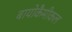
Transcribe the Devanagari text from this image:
बायोकैमीकल